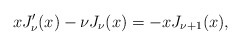
\begin{align*}xJ_\nu'(x)-\nu{J}_\nu(x)=-xJ_{\nu+1}(x),\end{align*}